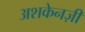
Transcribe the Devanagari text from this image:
अशकेनज़ी